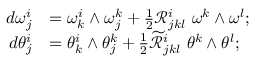
\begin{array} { r l } { d \omega _ { j } ^ { i } } & { = \omega _ { k } ^ { i } \wedge \omega _ { j } ^ { k } + \frac { 1 } { 2 } \mathcal { R } _ { j k l } ^ { i } \ \omega ^ { k } \wedge \omega ^ { l } ; } \\ { d \theta _ { j } ^ { i } } & { = \theta _ { k } ^ { i } \wedge \theta _ { j } ^ { k } + \frac { 1 } { 2 } \mathcal { \widetilde { R } } _ { j k l } ^ { i } \ \theta ^ { k } \wedge \theta ^ { l } ; } \end{array}